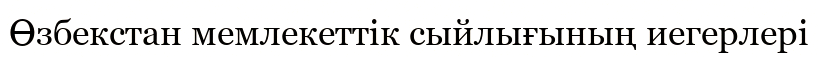
Өзбекстан мемлекеттік сыйлығының иегерлері